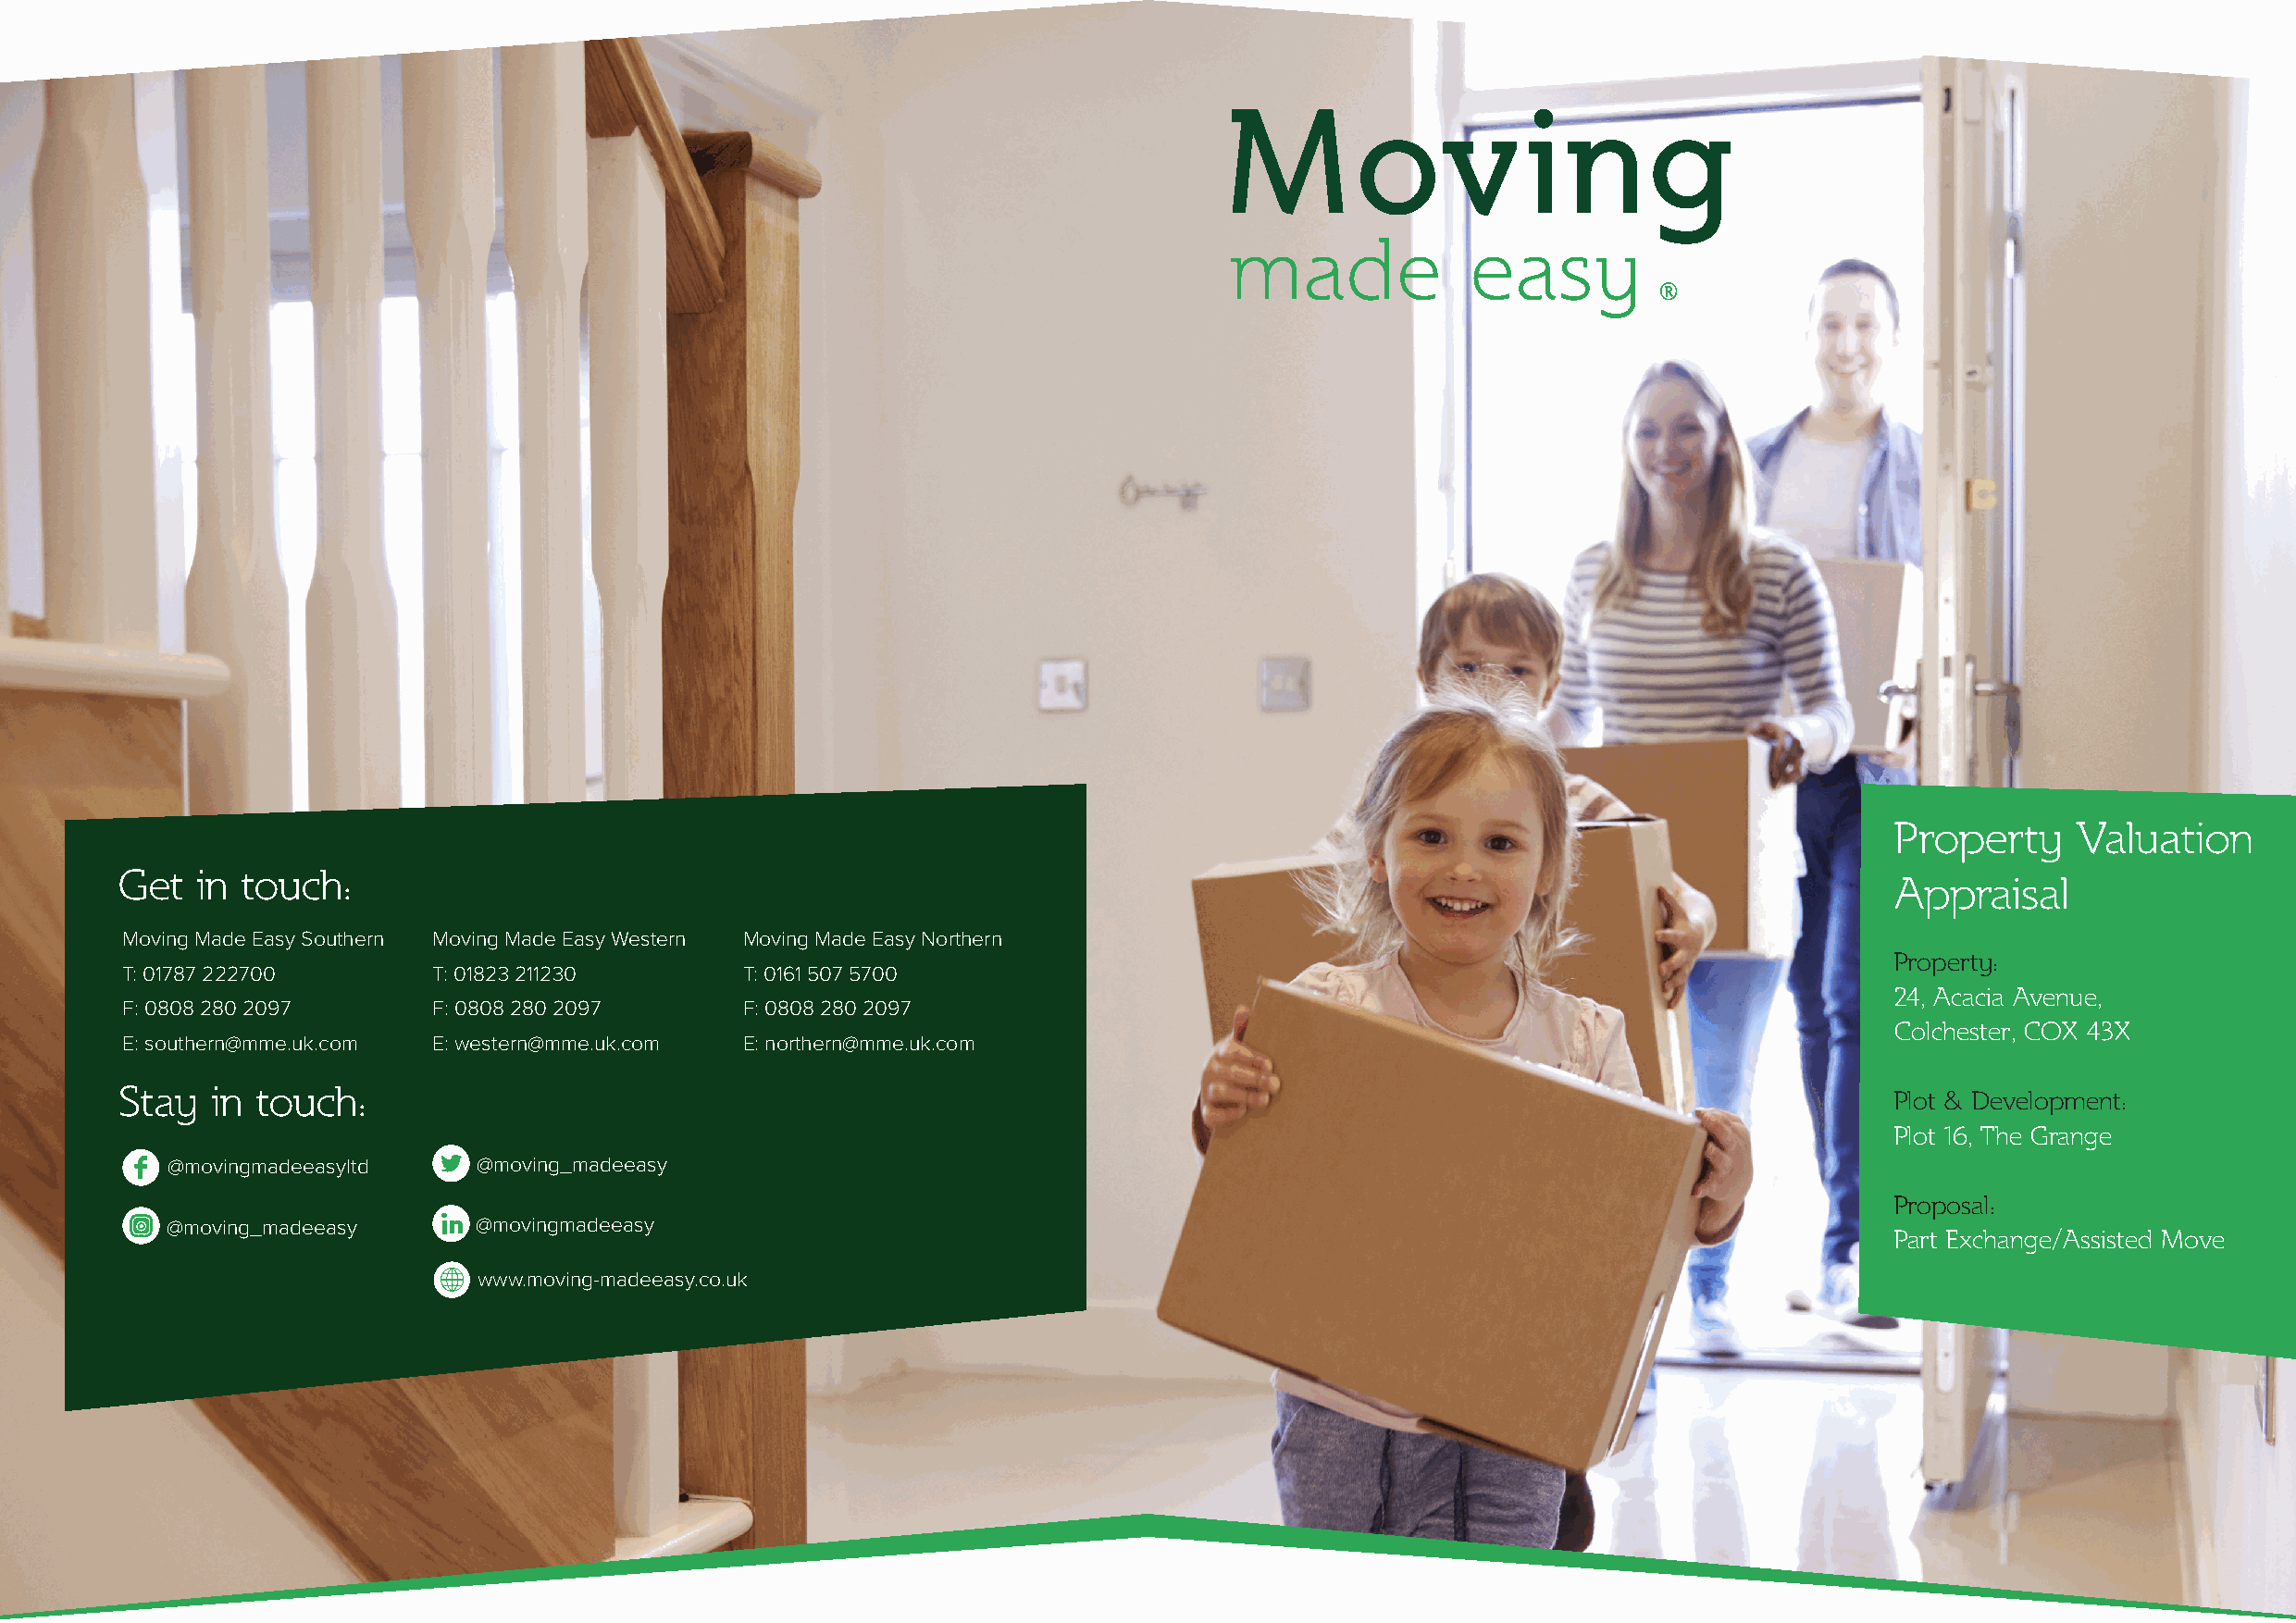
Property      Valuation
 Get   in touch:
 Appraisal
 Moving Made Easy Southern Moving Made Easy Western Moving Made Easy Northern
 Property:
 T: 01787 222700       T: 01823 211230       T: 0161 507 5700
 24, Acacia Avenue,
 F: 0808 280 2097      F: 0808 280 2097      F: 0808 280 2097
 Colchester, COX 43X
 E: southern@mme.uk.com E: western@mme.uk.com E: northern@mme.uk.com
 Stay   in touch:
 Plot & Development:
 Moving Made Easy 2020 E&OE
 Plot 16, The Grange
 @movingmadeeasyltd    @moving_madeeasy
 White
 Proposal:
 Light Green
 @moving_madeeasy      @movingmadeeasy
 Part Exchange/Assisted Move
 Dark Green
 ***
 QUESTION                      RE      THIS          PAGE
 LWighhitte G Criercelne www.moving-madeeasy.co.uk
 DWkh Gitere Ceinrcle